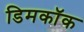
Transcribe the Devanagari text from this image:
डिमकॉक